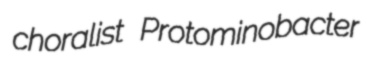
choralist Protominobacter